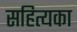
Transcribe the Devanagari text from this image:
सहित्यका